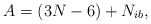
\begin{align*}A = (3N-6)+N_{ib},\end{align*}